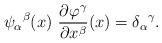
LaTeX: \begin{align*}\psi_\alpha{}^\beta(x)\ \frac{\partial\varphi^\gamma}{\partial x^\beta}(x)=\delta_\alpha{}^\gamma.\end{align*}